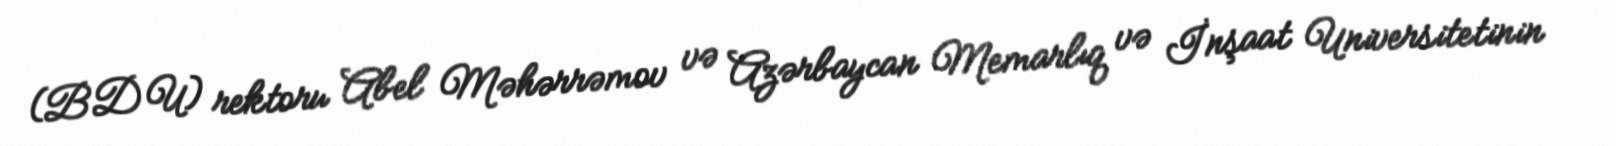
(BDU) rektoru Abel Məhərrəmov və Azərbaycan Memarlıq və İnşaat Universitetinin